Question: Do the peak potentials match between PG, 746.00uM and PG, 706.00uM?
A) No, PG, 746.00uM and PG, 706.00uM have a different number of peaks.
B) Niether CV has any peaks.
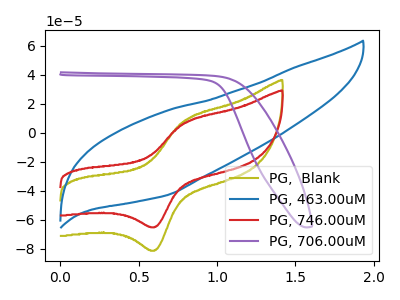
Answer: <think>The olive curve "PG,  Blank" has an anodic peak at (0.80V, 8.45uA) and a cathodic peak at (0.60V, -80.90uA). The blue curve "PG, 463.00uM" has no peaks. The red curve "PG, 746.00uM" has an anodic peak at (0.80V, 6.75uA) and a cathodic peak at (0.60V, -64.90uA). The purple curve "PG, 706.00uM" has no peaks.</think>
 <answer>A) No, "PG, 746.00uM" and "PG, 706.00uM" have a different number of peaks.</answer>
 <eval>A</eval>